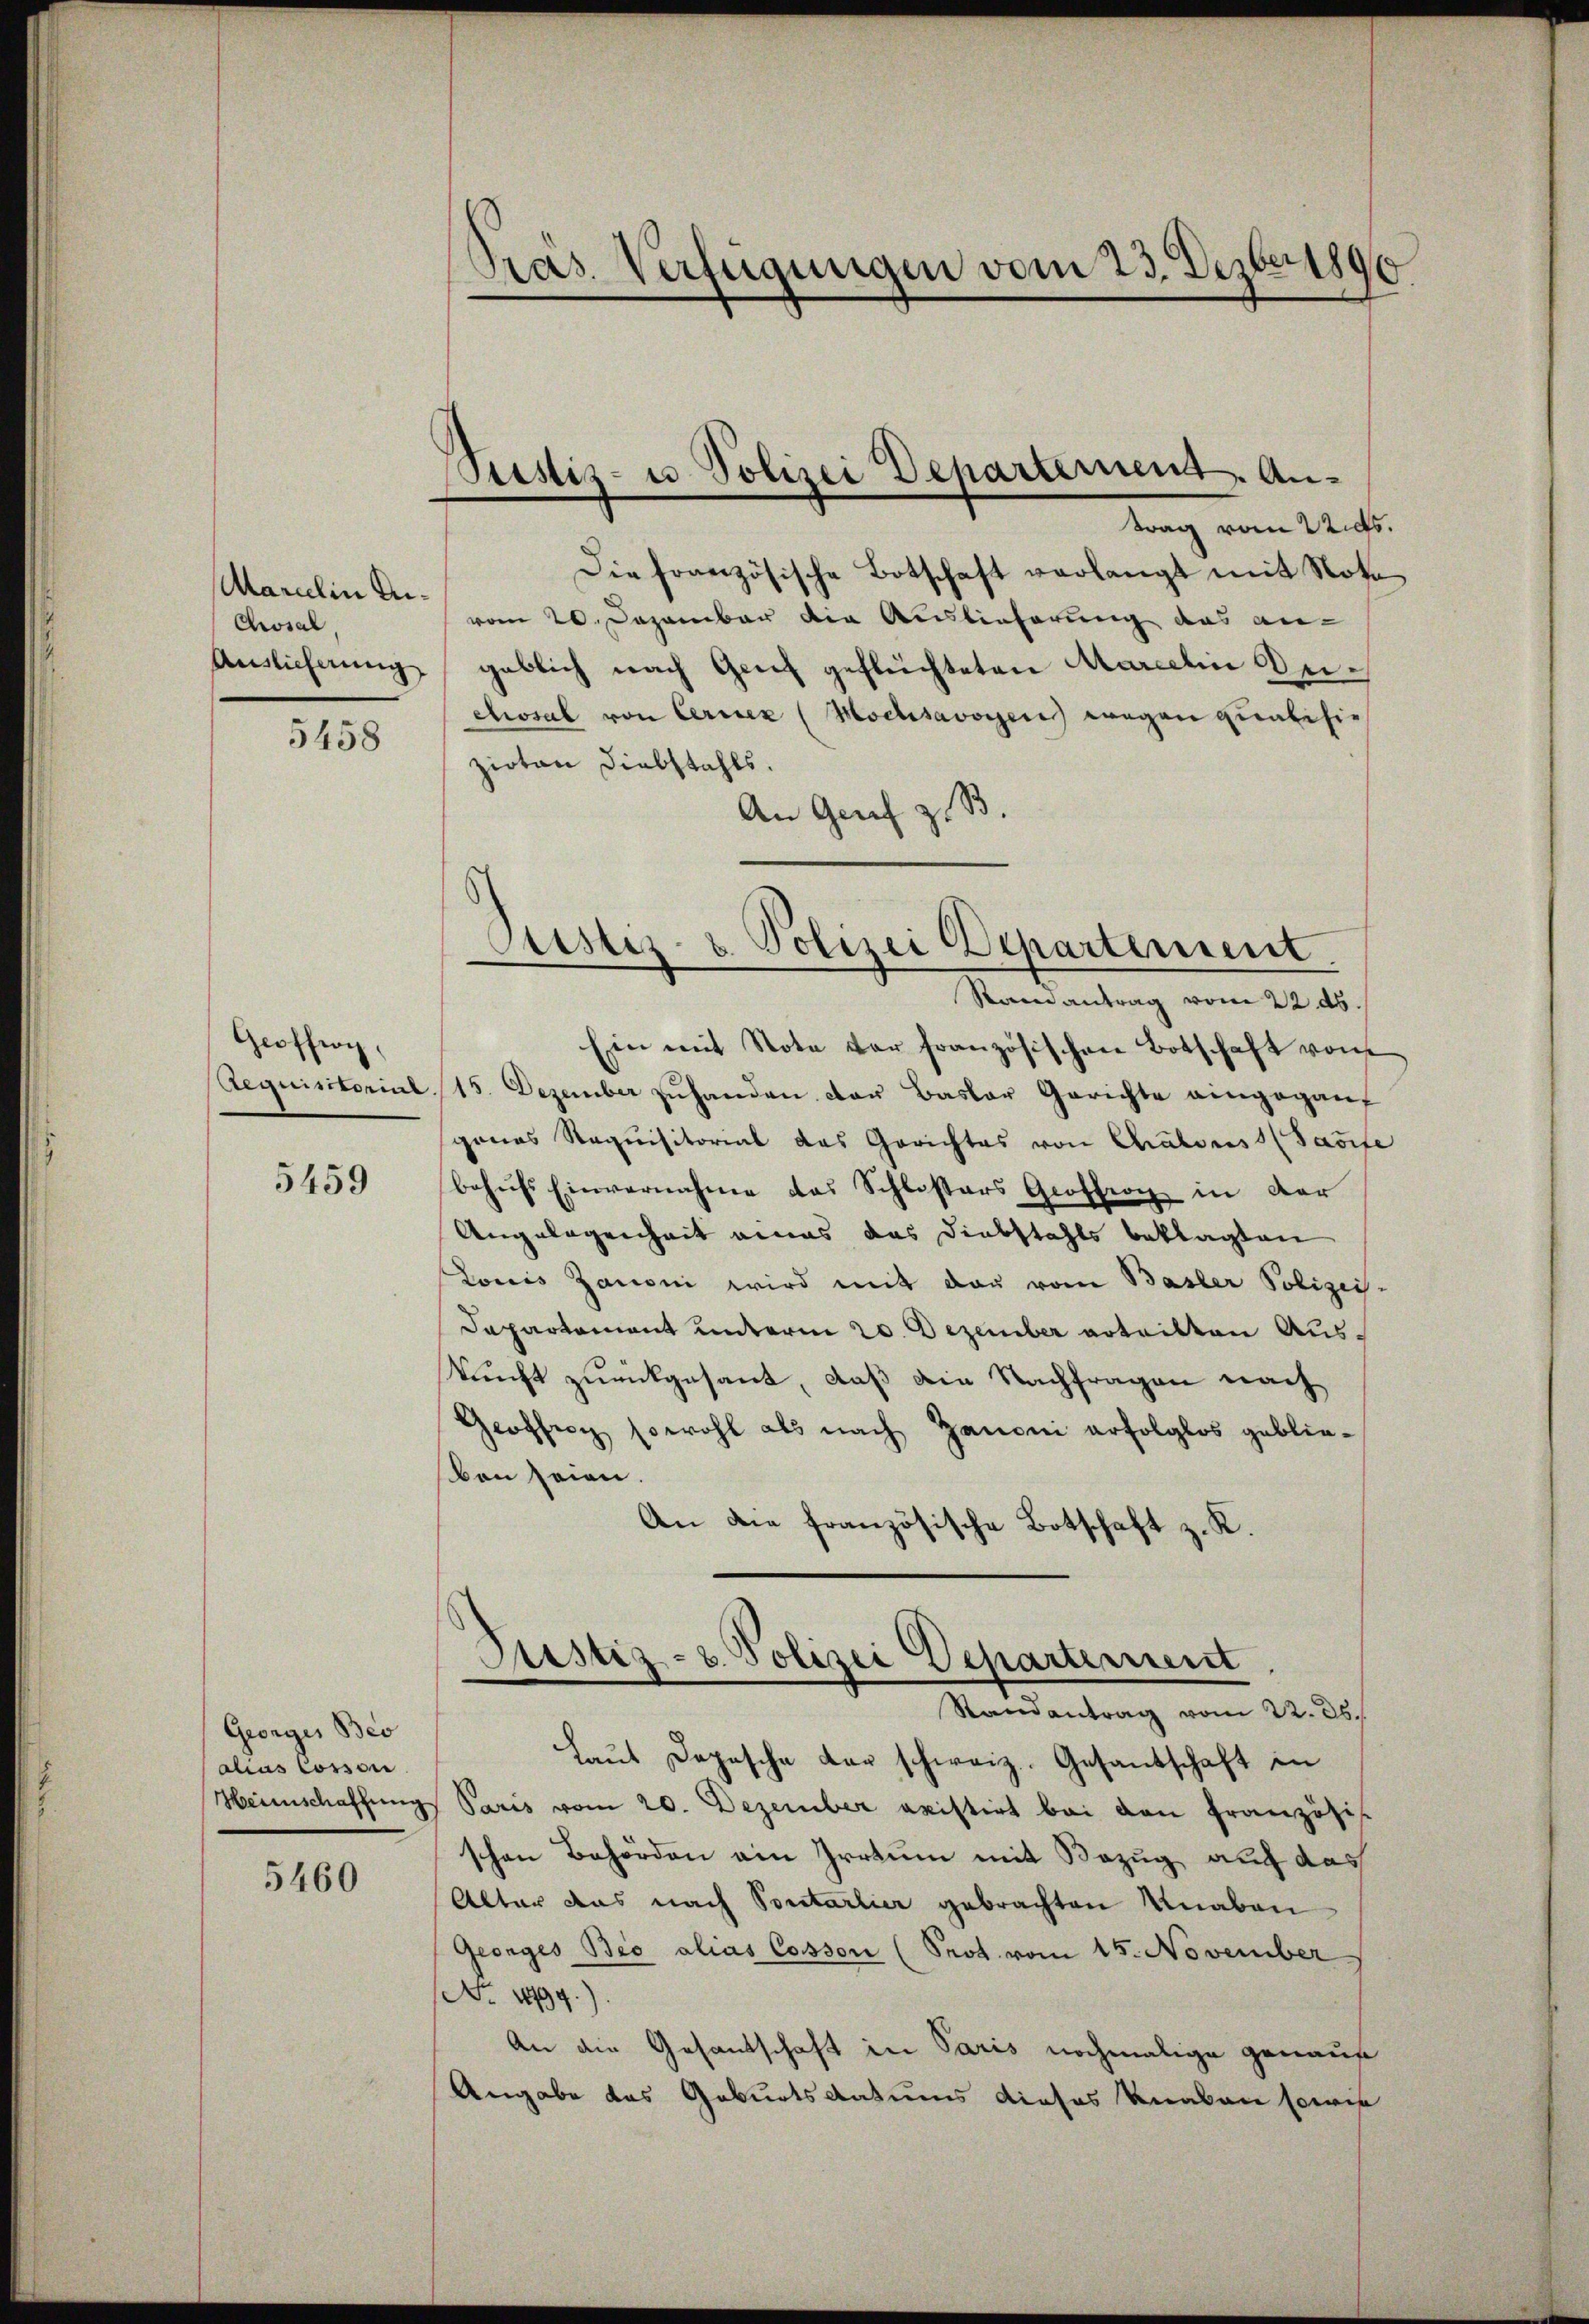
Marielin An¬
Chosal,
Anslicherung

5458

Geoffoy,
Aequisitorial.

5459

Georges Beo
alias Cosson
Heimschaffung

5460

Pras. Verfügungen vom 23. Dezbr 1890

Pustiz- u. Polizei Departement. Antrag vom Stadts.

Die französische Botschaft verlangt mit Nota
vom 20. Dezember die Auslieferung das an-
geblich nach Genf geflüchteten Marielin Deictwsal von Cerner (Mochisavoyen wegen Qualisie
zioten Diebstahls.
An Genf zu S
Raneantrag vom 22. ds.
Ein mit Note der französischen Botschaft von
15. Dezember zuhanden der Basler Gerichte eingeganf
genes Requisitorial das Gerichtes von Chalouss (Jašife
behŭfs Einvernahme das Schlossars Groffen in der
Angelegenheit eines das Diebstahls beklagten
Louis Zanoni wird mit der vom Basler Polizei-
Departement unterm 20. Dezember erteilten Auskunft zurückgesant, daß die Nachfragen nach
Geoffici sowohl als nach Zanoni erfolglos geblieben seien.
An die französische Botschaft z. K.
Pustiz- u. Polizei Departement
.
Randantrag vom 22. 36.
Laŭt Depesche der schweiz. Gesandschaft in
Paris vom 20. Dezember avistirt bei den Französis
schen Behörden ein Irrtum mit Bezug auf das
Alter das nach Pontarlier gebrachten Knaben
Georges Beo alias Cosson (Prot. vom 15. November
No. 11994.)
An die Gesantschaft in Paris nochmalige genaus
Angabe das Geburtsdatums dieses Knaben sowie

Justiz- & Polizei Departement.